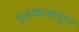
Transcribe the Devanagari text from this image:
भूतकाळातून